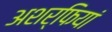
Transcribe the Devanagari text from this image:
अशर्फियां